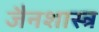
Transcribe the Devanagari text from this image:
जैनशास्त्र